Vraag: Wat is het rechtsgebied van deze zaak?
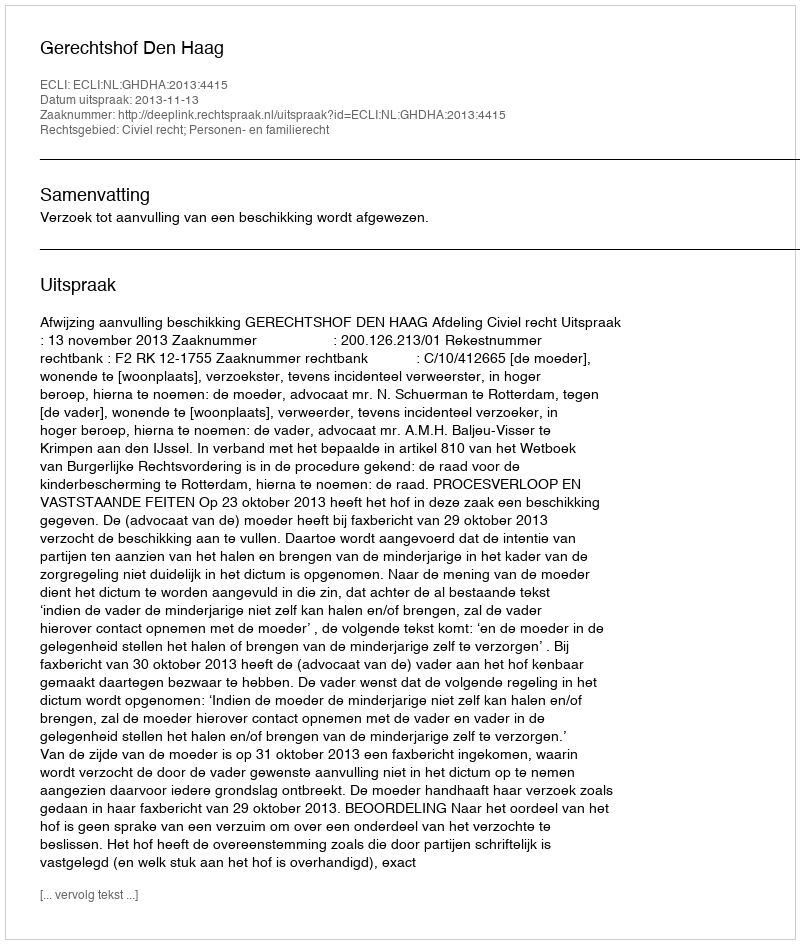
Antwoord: Civiel recht; Personen- en familierecht